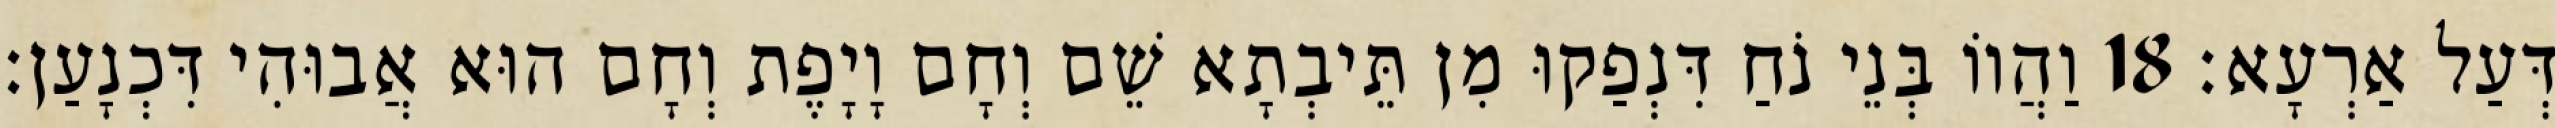
דְּעַל אַרְעָא׃ 18 וַהֲווֹ בְּנֵי נֹחַ דִּנְפַקוּ מִן תֵּיבְתָא שֵׁם וְחָם וָיָפֶת וְחָם הוּא אֲבוּהִי דִּכְנָעַן׃